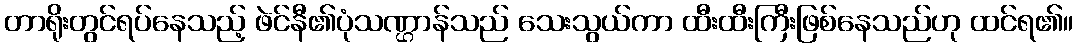
တာရိုးတွင်ရပ်နေသည့် ဖဲင်နီ၏ပုံသဏ္ဌာန်သည် သေးသွယ်ကာ ထီးထီးကြီးဖြစ်နေသည်ဟု ထင်ရ၏။